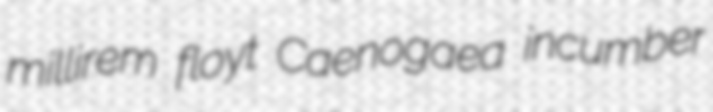
millirem floyt Caenogaea incumber